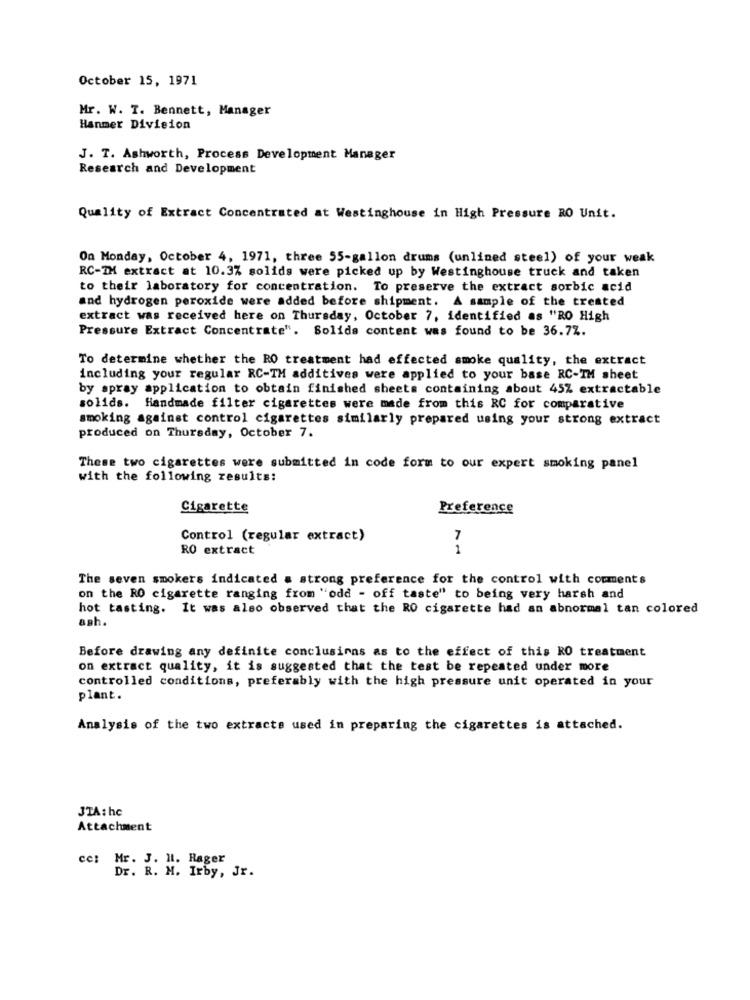
October 15, 1971
Mr. W. T. Bennett, Manager
Hanmer Division
J. T. Ashworth, Process Development Manager
Research and Development
Quality of Extract Concentrated at Westinghouse in High Pressure RO Unit.
On Monday, October 4, 1971, three 55-gallon drums (unlined steel) of your weak
RC-IM extract at 10.3% solids were picked up by Westinghouse truck and taken
to their laboratory for concentration. To preserve the extract sorbic acid
and hydrogen peroxide were added before shipment. A sample of the treated
extract was received here on Thursday, October 7, identified as "RO High
Pressure Extract Concentrate". Solids content was found to be 36.7Z.
To determine whether the RO treatment had effected smoke quality, the extract
including your regular RC-TH additives were applied to your base RC-TM sheet
by spray application to obtain finished sheets containing about 45% extractable
solids. Handmade filter cigarettes were made from this RC for comparative
smoking against control cigarettes similarly prepared using your strong extract
produced on Thursday, October 7.
These two cigarettes were submitted in code form to our expert smoking panel
with the following results:
Cigarette
Preference
Control (regular extract)
7
RO extract
1
The seven smokers indicated a strong preference for the control with comments
on the RO cigarette ranging from "odd - off taste" to being very harsh and
hot tasting. It was also observed that the RO cigarette had an abnormal tan colored
ash.
Before drawing any definite conclusions as to the effect of this RO treatment
on extract quality, it is suggested that the test be repeated under more
controlled conditions, preferably with the high pressure unit operated in your
plant.
Analysis of the two extracts used in preparing the cigarettes is attached.
JTA: hc
Attachment
cc: Mr. J. H. Rager
Dr. R. M. Irby, Jr.